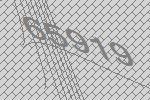
65919